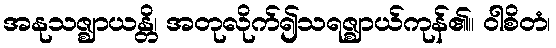
အနုသဇ္ဈာယန္တိ၊ အတုလိုက်၍သရဇ္ဈာယ်ကုန်၏။ ဝါစိတံ၊